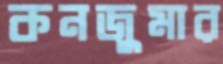
কনজুমার